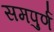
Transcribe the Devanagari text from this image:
समपुर्ण